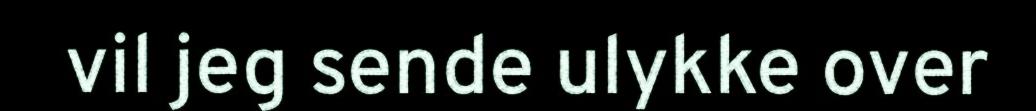
vil jeg sende ulykke over